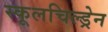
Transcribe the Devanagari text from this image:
स्कूलचिल्ड्रेन